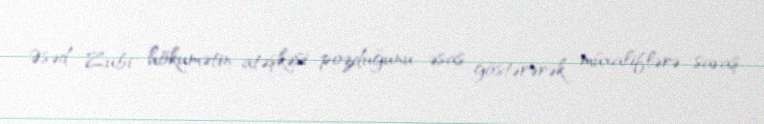
Əsəd Zubi hökumətin atəşkəsi pozduğunu əsas göstərərək müxaliflərə savaş